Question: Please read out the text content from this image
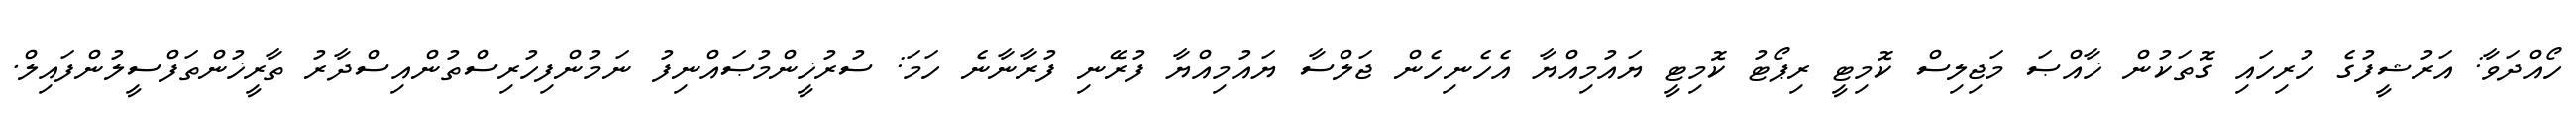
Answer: ހޯއްދަވާ: އަރުޝީފުގެ ހުރިހައި ގޮތަކުން ޚާއްޞަ މަޖިލިސް ކޮމިޓީ ރިޕޯޓު ކޮމިޓީ ޔައުމިއްޔާ އެހެނިހެން ޖަލްސާ ޔައުމިއްޔާ ފުރޭނި ފުރާނާނެ ހަމަ: ސުރުޚީންމުޞައްނިފު ނަމުންފިހުރިސްތުންއިސްދާރު ތާރީޚުންތަފްސީލުންފައިލް.